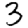
Digit: 3